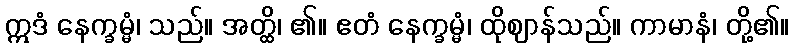
ဣဒံ နေက္ခမ္မံ၊ သည်။ အတ္ထိ၊ ၏။ ဧတံ နေက္ခမ္မံ၊ ထိုဈာန်သည်။ ကာမာနံ၊ တို့၏။